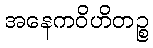
အနေကဝိဟိတဉ္စ